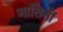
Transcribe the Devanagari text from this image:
नातिनों